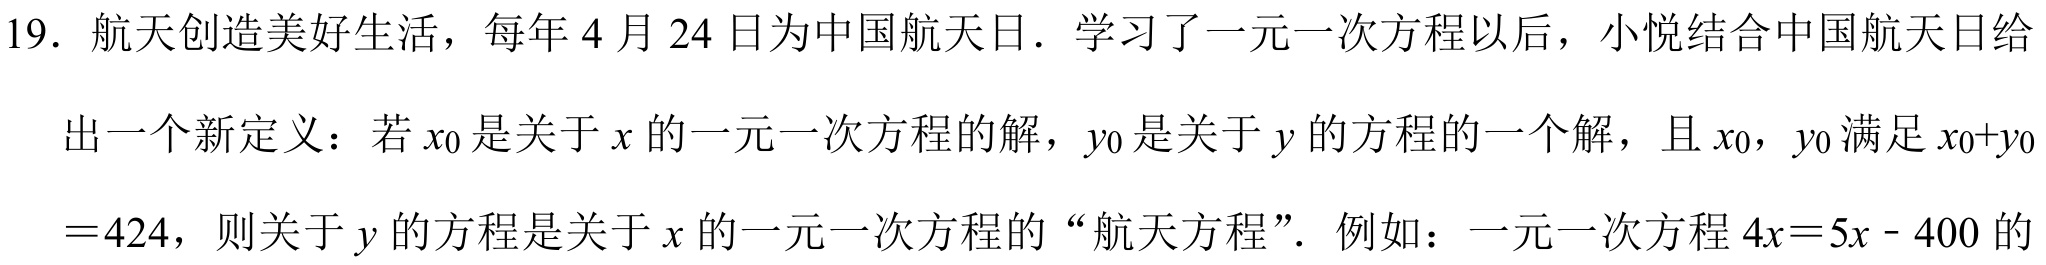
19. 航天创造美好生活，每年 4 月 24 日为中国航天日. 学习了一元一次方程以后，小悦结合中国航天日给
出一个新定义：若$x_{0}$是关于$x$的一元一次方程的解，$y_{0}$是关于$y$的方程的一个解，且$x_{0}$，$y_{0}$满足$x_{0}+y_{0}$
$ = 424$，则关于$y$的方程是关于$x$的一元一次方程的 “航天方程”. 例如：一元一次方程$4x = 5x - 400$的